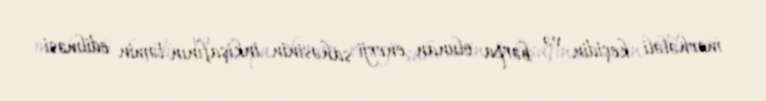
mərhələli keçidin və bərpa olunan enerji sahəsinin inkişafının təmin edilməsi